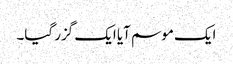
ایک موسم آیا ایک گزر گیا۔